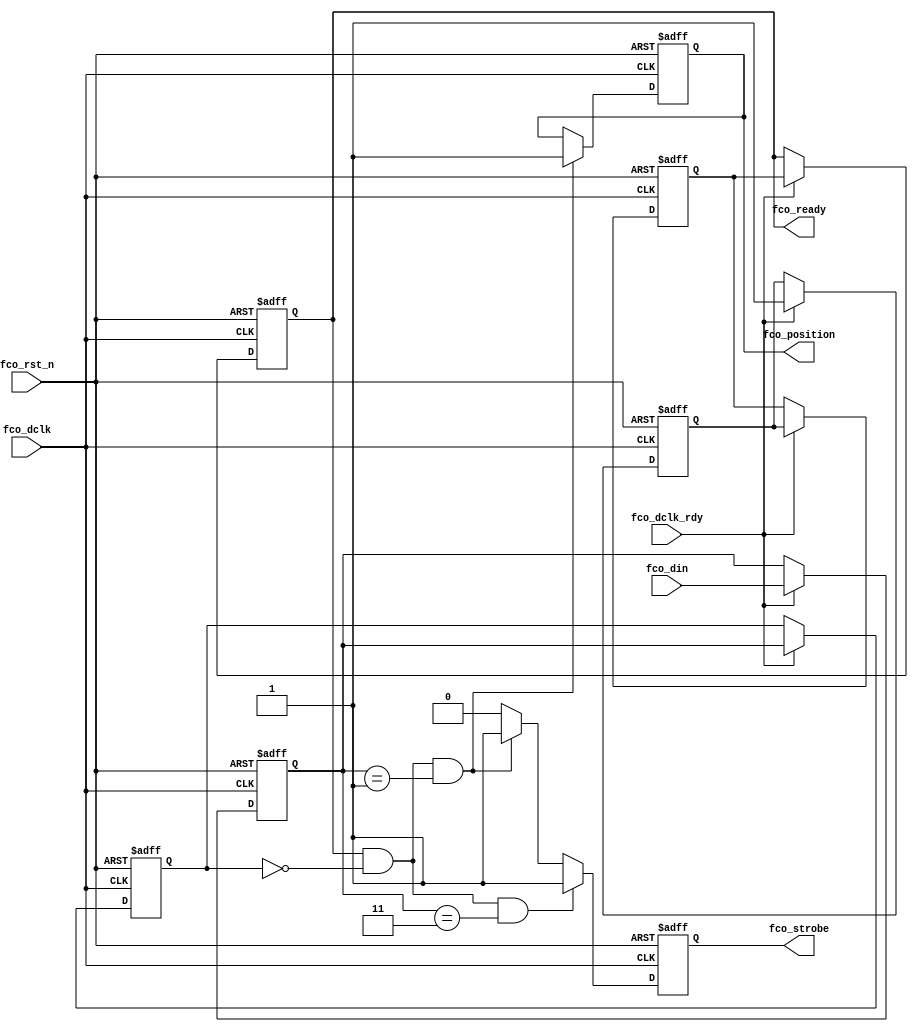
//////////////////////////////////////////////////////////////////////////////////
// Company: 		Analog Devices, Inc.
//////////////////////////////////////////////////////////////////////////////////
module iser_fco_strobe 
  (
   input   [1:0]          fco_din,
   input                  fco_rst_n,
   input                  fco_dclk,
   input                  fco_dclk_rdy,
   output                 fco_strobe, 
   output                 fco_position,
   output                 fco_ready
  );

   //==========================================================================
   // Register and wire declarations
   //==========================================================================
   reg        fco_ready_d0;
   reg        fco_ready_d1;
   reg        fco_ready_reg;
   reg        fco_strobe_reg;
   reg        fco_position_reg;
   reg  [1:0] fco_din_d1;
   reg  [1:0] fco_din_d2;
   
   //==========================================================================
   // Register 2 cycles of FCO data
   //==========================================================================
   always @(posedge fco_dclk, negedge fco_rst_n)
      if(fco_rst_n == 1'b0)
         begin
            fco_din_d1 <= 2'b0;
            fco_din_d2 <= 2'b0;
         end
      else if(fco_dclk_rdy == 1'b1)
         begin
            fco_din_d1 <= fco_din;
            fco_din_d2 <= fco_din_d1;
         end
     
   //==========================================================================
   // Find rising edge
   //==========================================================================
   always @(posedge fco_dclk, negedge fco_rst_n)
      if(fco_rst_n == 1'b0)
         fco_strobe_reg <= 1'b0;
      else if((fco_ready_reg == 1'b1) && (fco_din_d2 == 2'b0) && (fco_din_d1 == 2'b11))
         fco_strobe_reg <= 1'b1;
      else if((fco_ready_reg == 1'b1) && (fco_din_d2 == 2'b0) && (fco_din_d1 == 2'b01))
         fco_strobe_reg <= 1'b1;
      else
         fco_strobe_reg <= 1'b0;
  
   assign fco_strobe = fco_strobe_reg;
      
   //==========================================================================
   // Indicate location of rising edge
   // 0 = no delay
   // 1 = delayed by 1
   //==========================================================================
   always @(posedge fco_dclk, negedge fco_rst_n)
      if(fco_rst_n == 1'b0)
         fco_position_reg <= 1'b0;
      else if((fco_ready_reg == 1'b1) && (fco_din_d2 == 2'b0) && (fco_din_d1 == 2'b01))
         fco_position_reg <= 1'b1;

   assign fco_position = fco_position_reg;

   //==========================================================================
   // Generate FCO ready output
   //==========================================================================
   always @(posedge fco_dclk, negedge fco_rst_n)
      if(fco_rst_n == 1'b0)
         begin
            fco_ready_d0  <= 1'b0;
            fco_ready_d1  <= 1'b0;
            fco_ready_reg <= 1'b0;
         end
      else if(fco_dclk_rdy == 1'b1)
         begin
            fco_ready_d0  <= 1'b1;
            fco_ready_d1  <= fco_ready_d0;
            fco_ready_reg <= fco_ready_d1;
         end
     
   assign fco_ready = fco_ready_reg;

endmodule